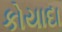
કોયાદા